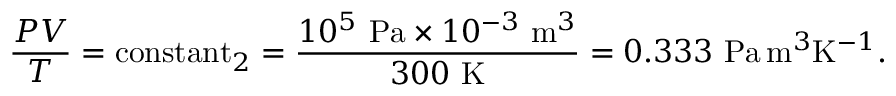
{ \frac { P V } { T } } = \operatorname { c o n s t a n t } _ { 2 } = { \frac { 1 0 ^ { 5 } ~ { \mathrm { P a } } \times 1 0 ^ { - 3 } ~ { \mathrm { m } } ^ { 3 } } { 3 0 0 ~ { \mathrm { K } } } } = 0 . 3 3 3 ~ { \mathrm { P a } } \, { \mathrm { m } } ^ { 3 } { \mathrm { K } } ^ { - 1 } .